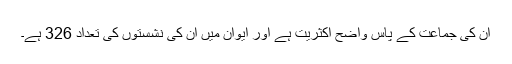
ان کی جماعت کے پاس واضح اکثریت ہے اور ایوان میں ان کی نشستوں کی تعداد 326 ہے۔